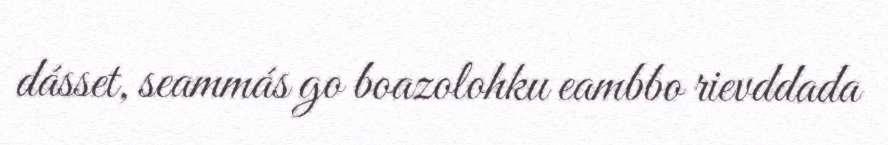
dásset, seammás go boazolohku eambbo rievddada